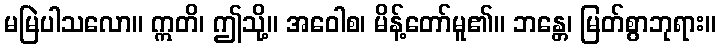
မမြဲပါသလော။ ဣတိ၊ ဤသို့။ အဝေါစ၊ မိန့်တော်မူ၏။ ဘန္တေ၊ မြတ်စွာဘုရား။